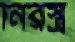
নিরস্ত্র